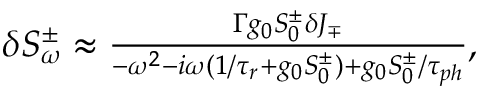
\begin{array} { r } { \delta S _ { \omega } ^ { \pm } \approx \frac { \Gamma g _ { 0 } S _ { 0 } ^ { \pm } \delta J _ { \mp } } { - \omega ^ { 2 } - i \omega ( 1 / \tau _ { r } + g _ { 0 } S _ { 0 } ^ { \pm } ) + g _ { 0 } S _ { 0 } ^ { \pm } / \tau _ { p h } } , } \end{array}